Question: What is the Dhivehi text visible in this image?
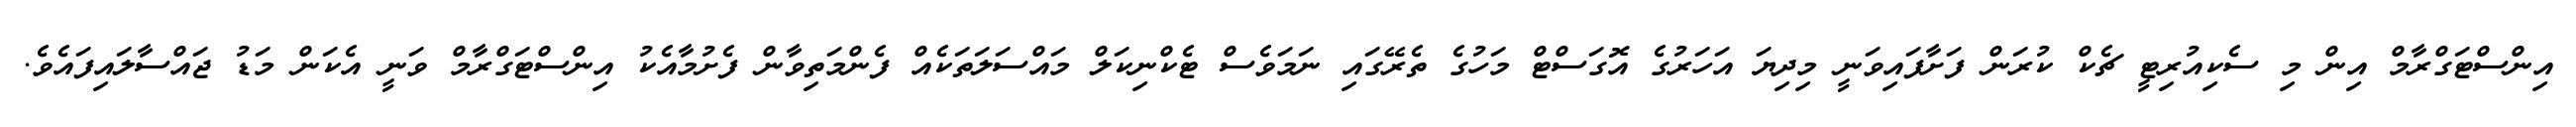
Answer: އިންސްޓަގްރާމް އިން މި ސެކިއުރިޓީ ޗެކް ކުރަން ފަށާފައިވަނީ މިދިޔަ އަހަރުގެ އޮގަސްޓް މަހުގެ ތެރޭގައި ނަމަވެސް ޓެކްނިކަލް މައްސަލަތަކެއް ފެންމަތިވާން ފެށުމާއެކު އިންސްޓަގްރާމް ވަނީ އެކަން މަޑު ޖައްސާލައިފައެވެ.